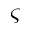
\varsigma